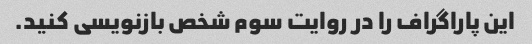
این پاراگراف را در روایت سوم شخص بازنویسی کنید.